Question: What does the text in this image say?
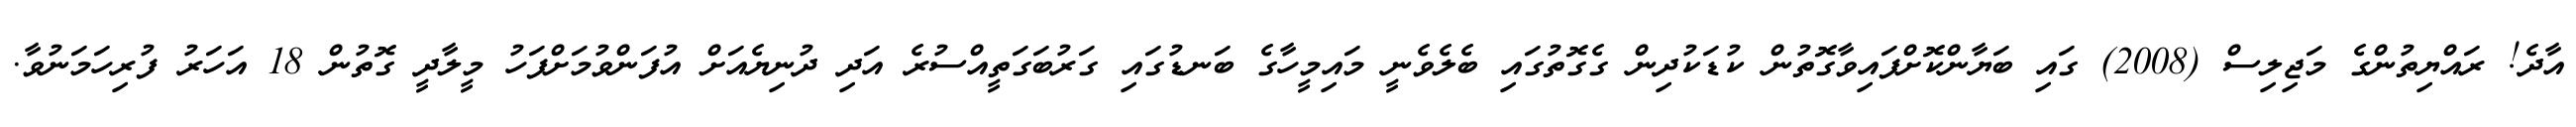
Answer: އާދެ! ރައްޔިތުންގެ މަޖިލިސް (2008) ގައި ބަޔާންކޮށްފައިވާގޮތުން ކުޑަކުދިން ގެގޮތުގައި ބެލެވެނީ މައިމީހާގެ ބަނޑުގައި ގަރުބަގަތީއްސުރެ އަދި ދުނިޔެއަށް އުފަންވުމަށްފަހު މީލާދީ ގޮތުން 18 އަހަރު ފުރިހަމަނުވާ.